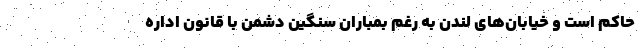
حاکم است و خیابان‌های لندن به رغم بمباران سنگین دشمن با قانون اداره